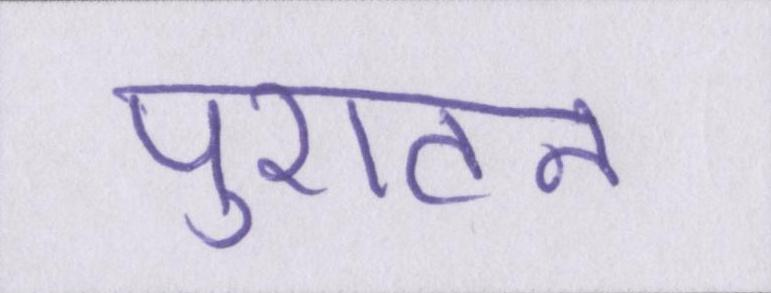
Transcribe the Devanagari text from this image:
पुरातन